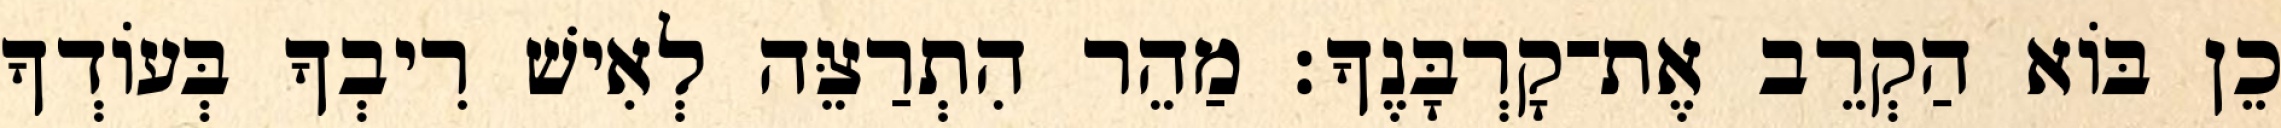
כֵן בּוֹא הַקְרֵב אֶת־קָרְבָּנֶךָ׃ מַהֵר הִתְרַצֵּה לְאִישׁ רִיבְךָ בְּעוֹדְךָ